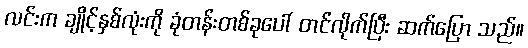
လင်းက ချိုင့်နှစ်လုံးကို ခုံတန်းတစ်ခုပေါ် တင်လိုက်ပြီး ဆက်ပြော သည်။